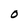
Character: O